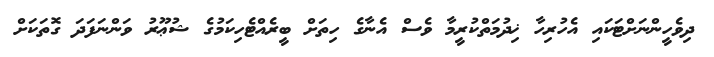
ދިވެހީންނަށްޓަކައި އެހުރިހާ ޚިދުމަތްކުރީމާ ވެސް އެނާގެ ހިތަށް ބީރެއްޓެހިކަމުގެ ޝުޢޫރު ވަންނަފަދަ ގޮތަކަށް